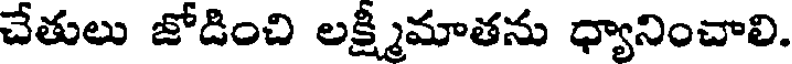
చేతులు జోడించి లక్ష్మీమాతను ధ్యానించాలి.